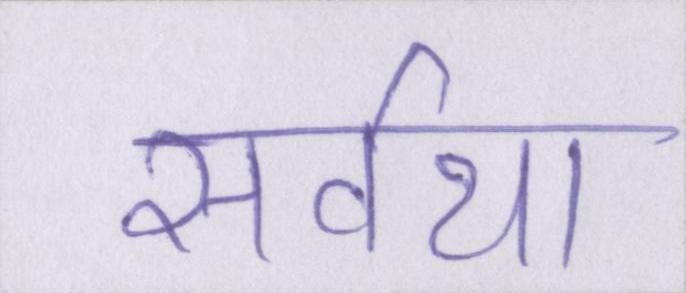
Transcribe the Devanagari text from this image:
सर्वथा